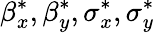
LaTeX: \beta_{x}^{*},\beta_{y}^{*},\sigma_{x}^{*},\sigma_{y}^{*}